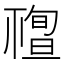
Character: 𥛠